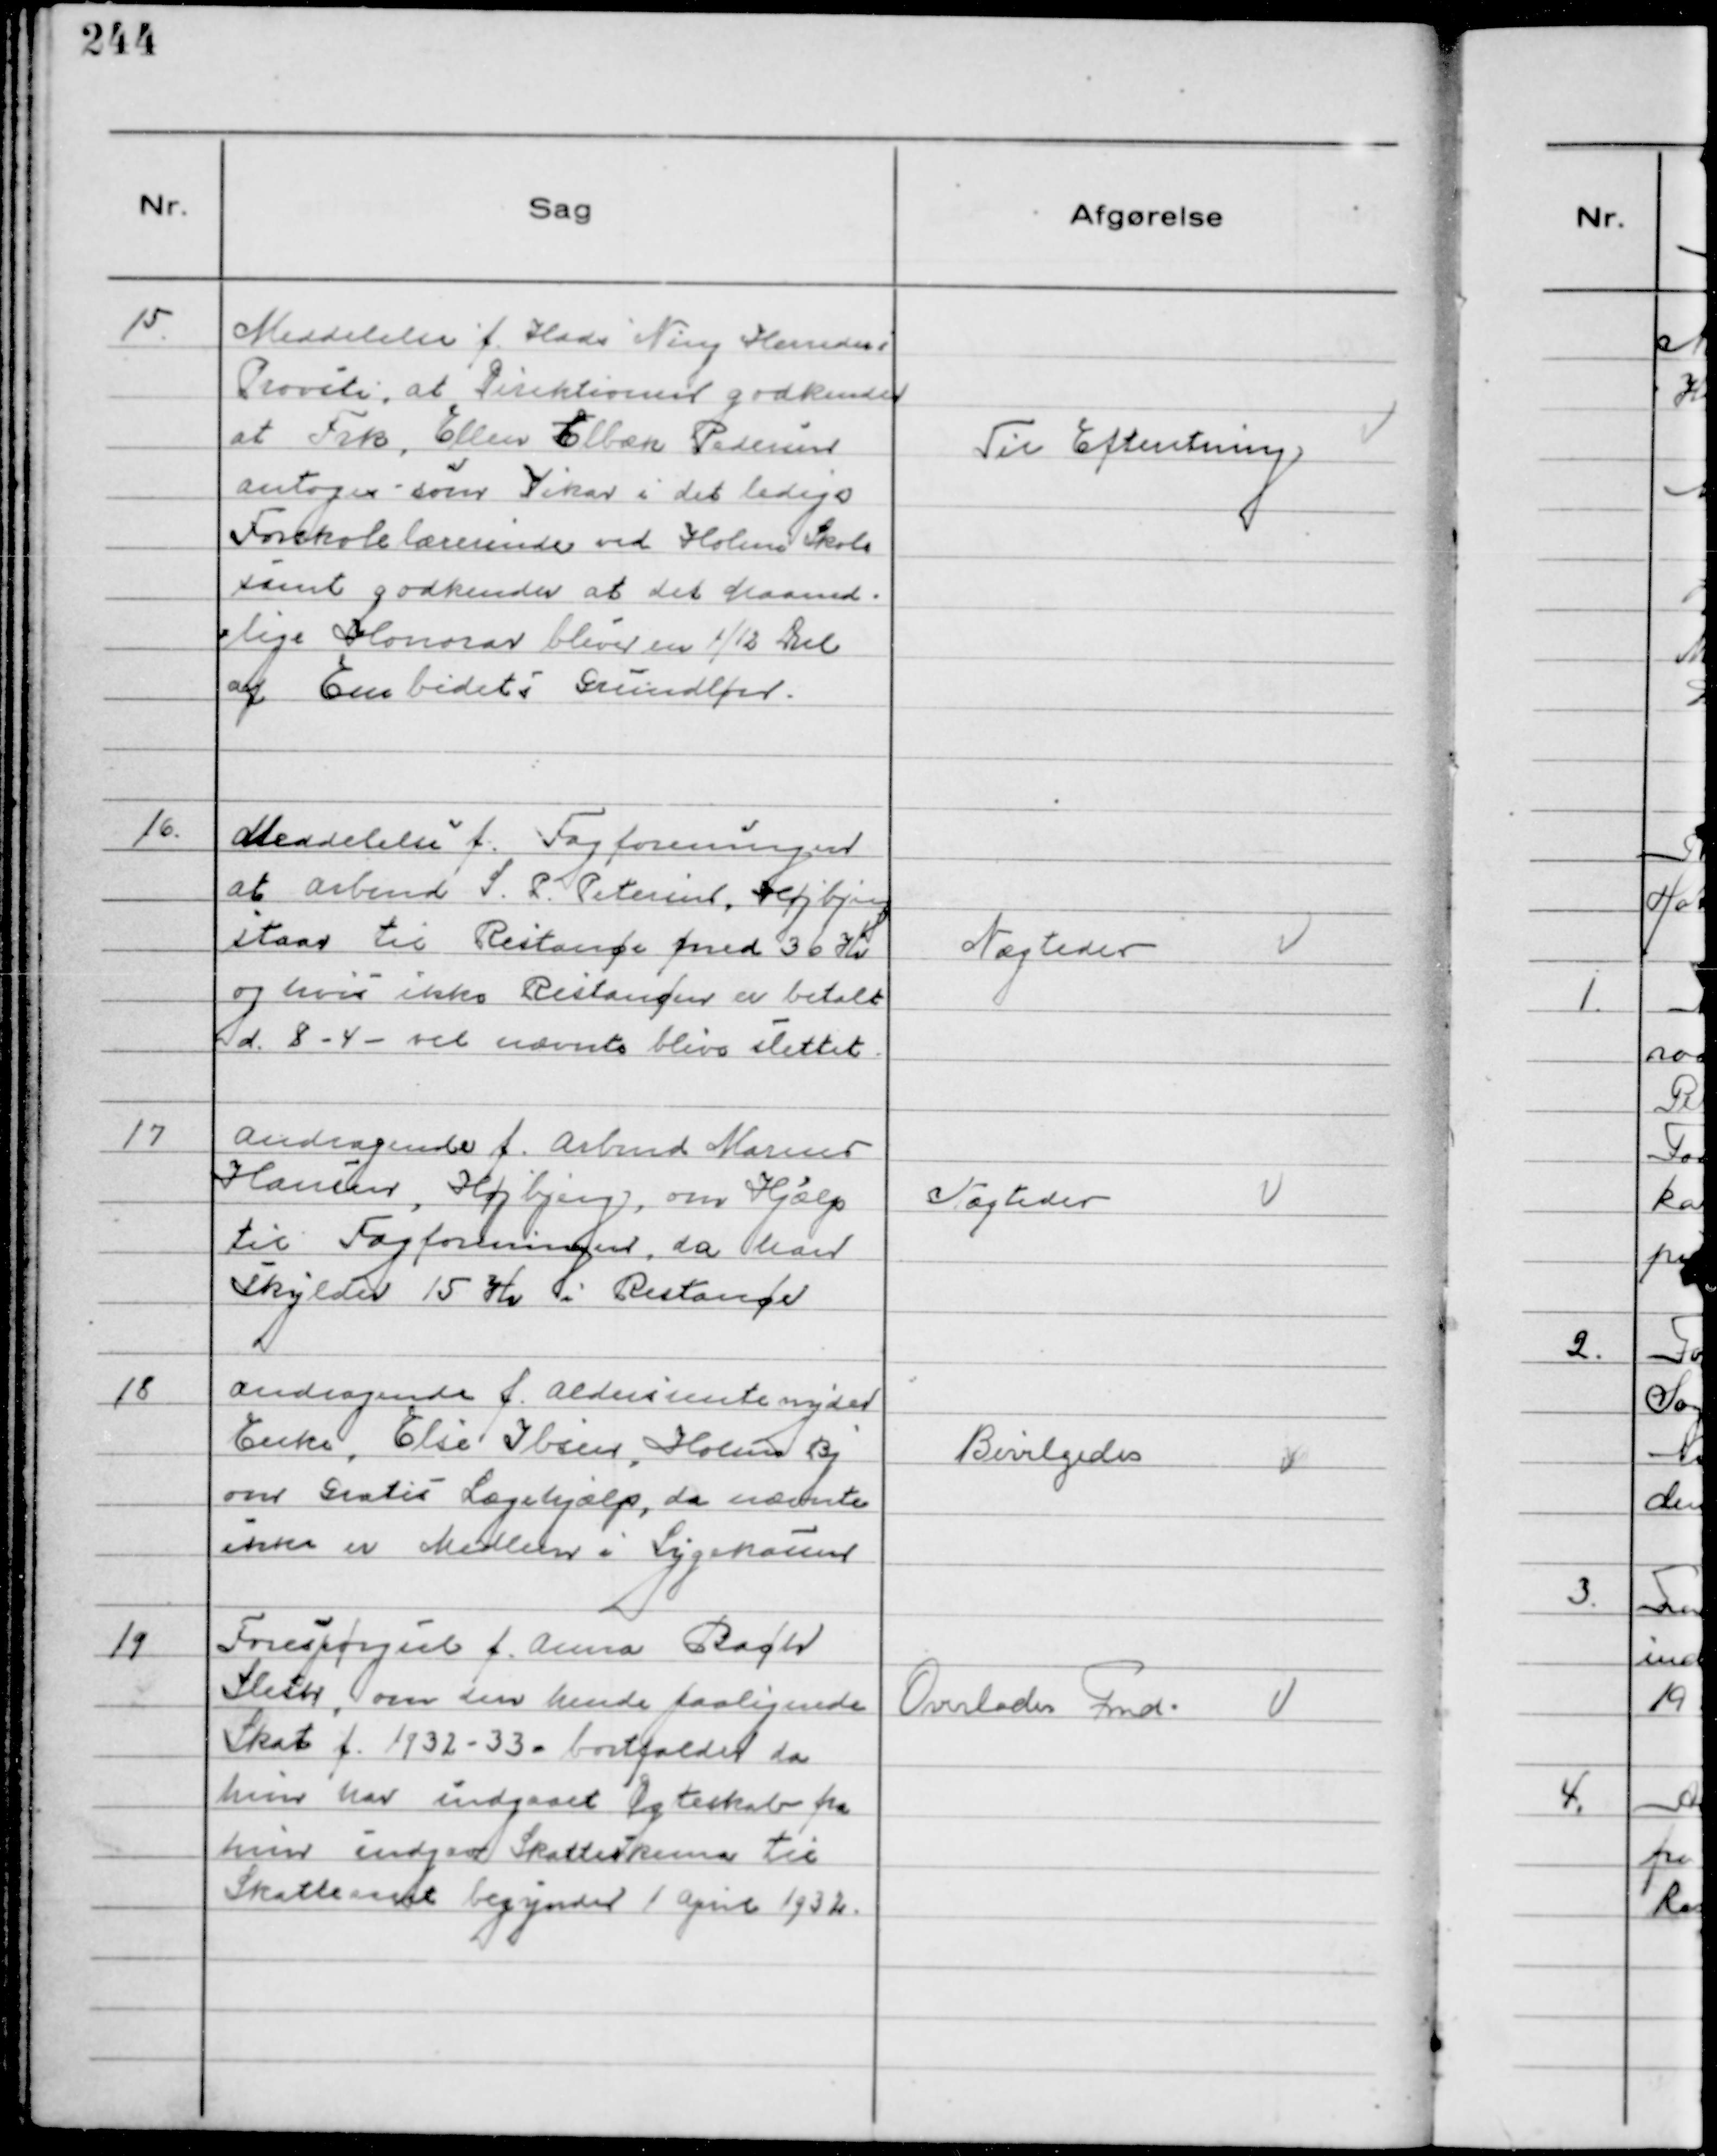
Transskription:
15.
Meddelelse f. Hads Ning Herreders
Provsti, at Direktionen godkender
at Frk Ellen Elbæk Pedersen
antages som Vikar i det ledige
Forskolelærerinde ved Holme Skole
samt godkender at det Maaned-
lige Honorar bliver en 1/12 Del
af Embedets Grundløn

Til Efteretning

16.
Meddelelse f. Fagforeningen 
at Arbmd S. P. Petersen, Højbjerg
staar til Restance med 36 Kr
og hvis ikke Restancen er betalt
d. 8-4- vil nævnte blive slettet.

Nægtedes

17
Andragende f. Arbmd Marius
Hansen, Højbjerg, om Hjælp
til Fagforeningen, da han
skylder 15 Kr i Restance

Nægtedes

18
Andragende f. Aldersrentenyder
Enke, Elise Ibsen, Holme By
om Gratis Lægehjælp, da nævnte
ikke er Medlem i Sygekassen

Bevilgedes

19.
Forespørgsel f. Anna Bager
Sleth, om den hende paalignede
Skat f. 1932 - 33 - bortfalder da
hun har indgaaet Ægteskab fra
hun indgav Skatteskema til
Skatteaaret begynder 1 April 1932.

Overlodes Fmd.